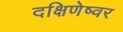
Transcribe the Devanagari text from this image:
दक्षिणेष्वर